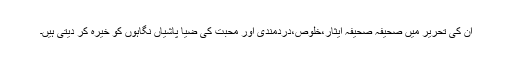
ان کی تحریر میں صحیفہ صحیفہ ایثار،خلوص،دردمندی اور محبت کی ضیا پاشیاں نگاہوں کو خیرہ کر دیتی ہیں۔